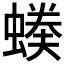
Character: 𧏉